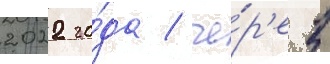
2022 го́да / че́р'ез